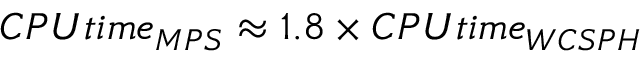
C P U t i m e _ { M P S } \approx 1 . 8 \times C P U t i m e _ { W C S P H }